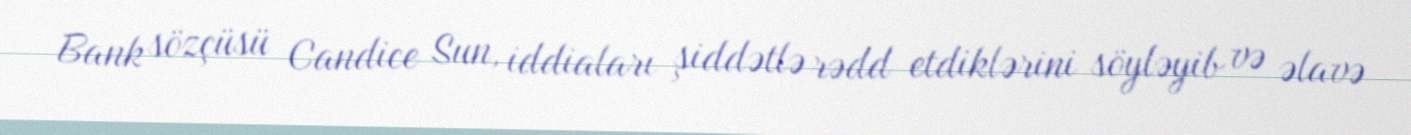
Bank sözçüsü Candice Sun, iddiaları şiddətlə rədd etdiklərini söyləyib və əlavə